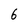
Character: 6